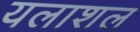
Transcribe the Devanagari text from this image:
यलाशल